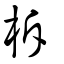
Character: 𣔳